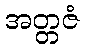
အတ္တဇံ